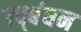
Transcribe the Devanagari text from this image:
उद्‍बंधन